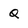
Character: q